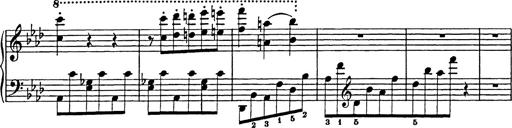
Title: Feuilles d'Album
Composer: Percy Godfrey